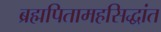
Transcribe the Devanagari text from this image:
ब्रह्मपितामहसिद्धांत